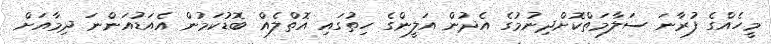
މީހެއްގެ ފުރާނަ ސަލާމަތްކޮށްދިނުމުގެ އެދުން އަލީންގެ ހިތުގައި އޮތްލެއް ބޮޑުކަމުން އެއަޑުއަންނަ ދިމާއަށް